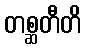
တစ္ဆတီတိ